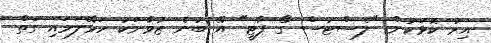
އިރު ކޮޅަކުން "ލެސްޓުސް ގޯ ޕާޓީ" އޭ ބުނެ ޒުވާނަކު ހަޅޭލަވައި ގަތް